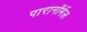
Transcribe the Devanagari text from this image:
पारानाॅर्मल